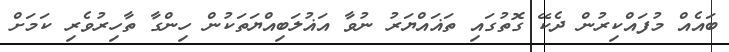
ބައެއް މުފައްކިރުން ދެކޭ ގޮތުގައި ތަޣައްޔަރު ނުވާ އަޣުލަބިއްޔަތަކުން ހިންގާ ތާހިރުވެރި ކަމަށް